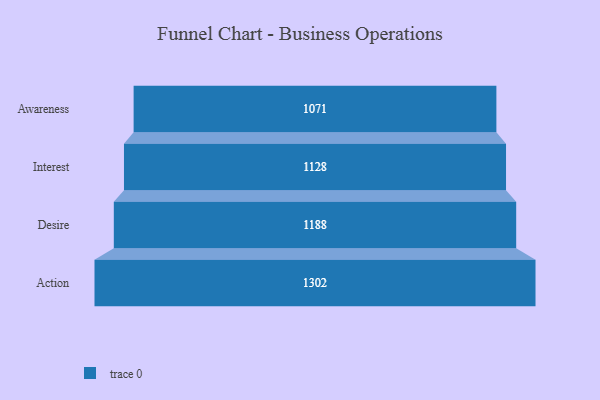
{"axis": {"x": "Stage", "y": "Value"}, "legend": [""], "data": [{"x": "Awareness", "y": 1071.0, "type": ""}, {"x": "Interest", "y": 1128.0, "type": ""}, {"x": "Desire", "y": 1188.0, "type": ""}, {"x": "Action", "y": 1302.0, "type": ""}]}